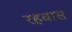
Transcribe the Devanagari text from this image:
रहबास